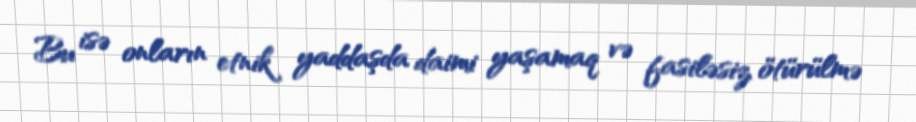
Bu isə onların etnik yaddaşda daimi yaşamaq və fasiləsiz ötürülmə